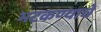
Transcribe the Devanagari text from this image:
भटकण्याचे